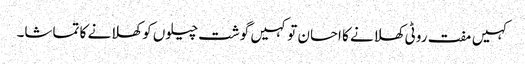
کہیں مفت روٹی کھلانے کا احسان تو کہیں گوشت چیلوں کو کھلانے کا تماشا۔